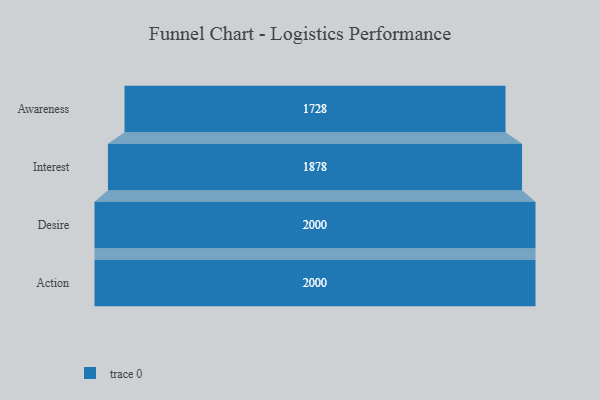
{"axis": {"x": "Stage", "y": "Value"}, "legend": [""], "data": [{"x": "Awareness", "y": 1728.0, "type": ""}, {"x": "Interest", "y": 1878.0, "type": ""}, {"x": "Desire", "y": 2000, "type": ""}, {"x": "Action", "y": 2000, "type": ""}]}